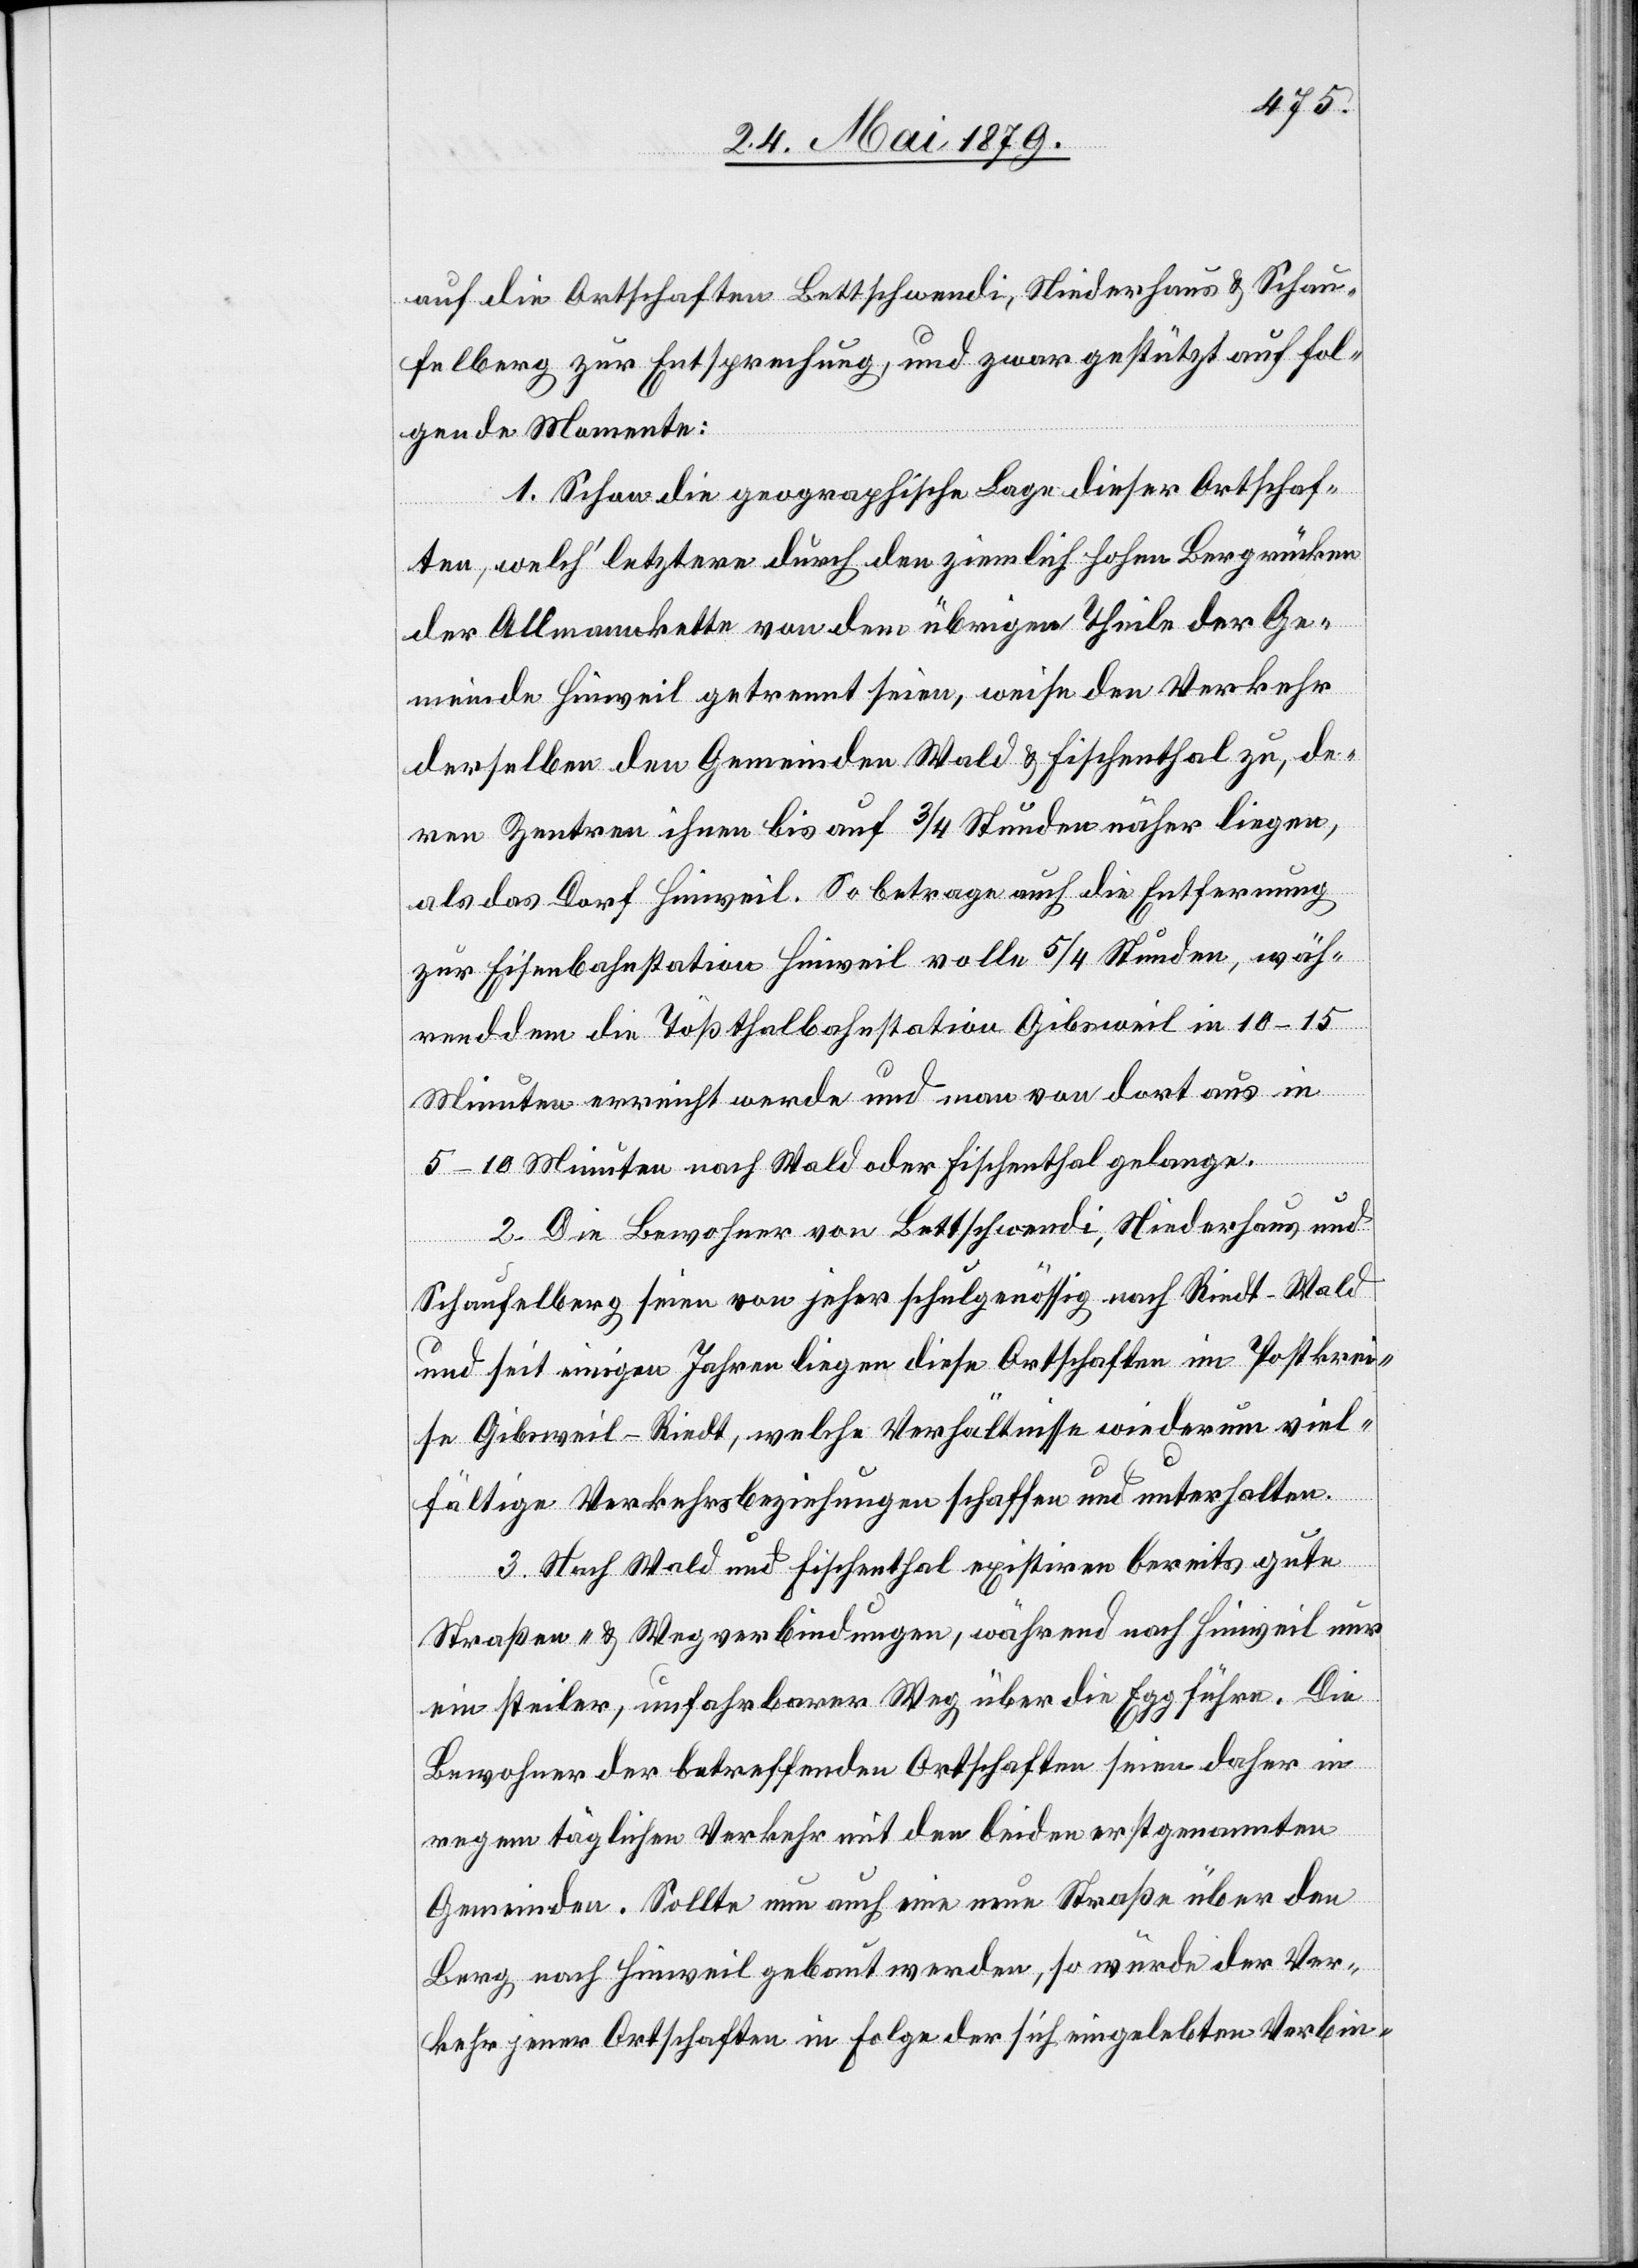
auf die Ortschaften Bettschwendi, Niederhaus & Schau¬
felberg zur Entsprechung, und zwar gestützt auf fol¬
gende Momente:
1. Schon die geographische Lage dieser Ortschaf¬
ten, welch’ letztere durch den ziemlich hohen Bergrücken
der Allmannkette von dem übrigen Theile der Ge¬
meinde Hinweil getrennt seien, weise den Verkehr
derselben den Gemeinden Wald & Fischenthal zu, de¬
ren Zentren ihnen bis auf 3/4 Stunden näher liegen,
als das Dorf Hinweil. So betrage auch die Entfernung
zur Eisenbahnstation Hinweil volle 5/4 Stunden, wäh¬
renddem die Tößthalbahnstation Gibsweil in 10–15
Minuten erreicht werde und man von dort aus in
5–10 Minuten nach Wald oder Fischenthal gelange.
2. Die Bewohner von Bettschwendi, Niederhaus und
Schaufelberg seien von jeher schulgenössig nach Riedt - Wald
und seit einigen Jahren liegen diese Ortschaften im Postkrei¬
se Gibsweil - Riedt, welche Verhältnisse wiederum viel¬
fältige Verkehrsbeziehungen schaffen und unterhalten.
3. Nach Wald und Fischenthal existiren bereits gute
Straßen- & Wegverbindungen, während nach Hinweil nur
ein steiler, unfahrbarer Weg über die Egg führe. Die
Bewohner der betreffenden Ortschaften seien daher in
regem täglichen Verkehr mit den beiden erstgenannten
Gemeinden. Sollte nun auch eine neue Straße über den
Berg nach Hinweil gebaut werden, so würde der Ver¬
kehr jener Ortschaften in Folge der sich eingelebten Verbin-